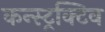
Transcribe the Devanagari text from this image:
कन्स्ट्रक्टिव